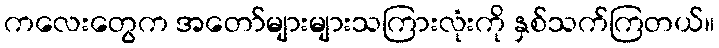
ကလေးတွေက အတော်များများသကြားလုံးကို နှစ်သက်ကြတယ်။